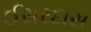
ઈસરદાસ